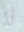
لا